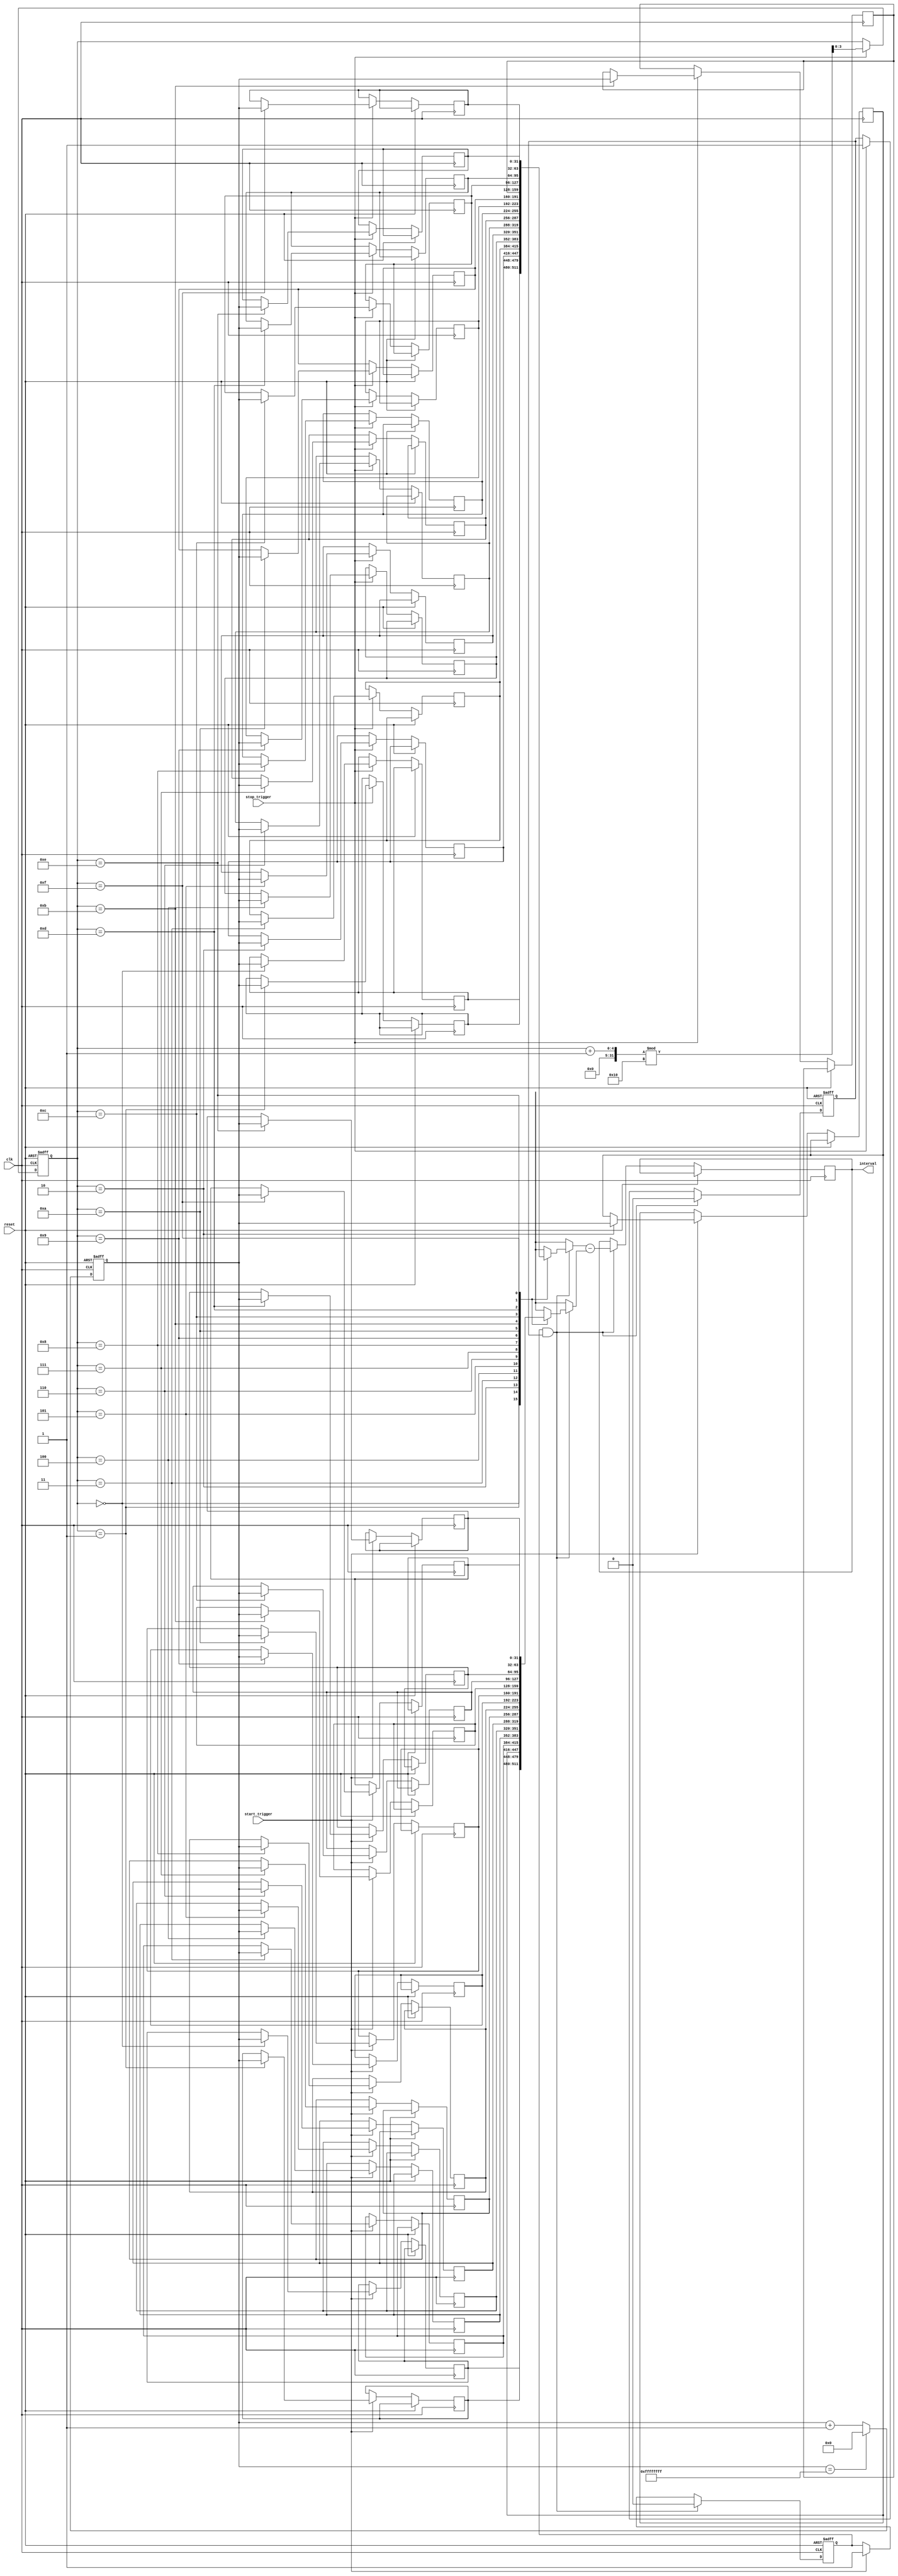
module TDC (
    input wire clk,             // High-speed clock (100 MHz)
    input wire reset,           // Reset signal
    input wire start_trigger,   // START event trigger
    input wire stop_trigger,    // STOP event trigger
    output wire [31:0] interval // Output for the time interval
);

// Parameter Definitions
parameter MEM_SIZE = 16;      // Size of the memory for timestamps
parameter COUNTER_MAX = 32'hFFFFFFFF; // Maximum value for the counter

// Internal Signals
reg [31:0] timestamp_start [0:MEM_SIZE-1]; // Memory to store START timestamps
reg [31:0] timestamp_stop [0:MEM_SIZE-1];  // Memory to store STOP timestamps
reg [31:0] counter;                        // Counter for timestamp generation
reg [3:0] write_ptr;                       // Write pointer for memory
reg [3:0] read_ptr;                        // Read pointer for memory
reg [31:0] computed_interval;              // Stores the computed time interval
reg start_flag, stop_flag;

// Counter Logic
always @(posedge clk or posedge reset) begin
    if (reset) begin
        counter <= 32'b0;
    end else begin
        counter <= (counter == COUNTER_MAX) ? 32'b0 : counter + 1;
    end
end

// Event Capture Logic
always @(posedge clk or posedge reset) begin
    if (reset) begin
        write_ptr <= 4'b0; // Reset write pointer
        start_flag <= 1'b0;
        stop_flag <= 1'b0;
    end else begin
        // Capture START timestamp
        if (start_trigger) begin
            timestamp_start[write_ptr] <= counter; // Store START timestamp
            start_flag <= 1'b1;
        end
        
        // Capture STOP timestamp
        if (stop_trigger) begin
            timestamp_stop[write_ptr] <= counter; // Store STOP timestamp
            stop_flag <= 1'b1;
            write_ptr <= (write_ptr + 1) % MEM_SIZE; // Increment write pointer
        end
        
        // Compute the time interval if both events have occurred
        if (start_flag && stop_flag) begin
            computed_interval <= timestamp_stop[write_ptr] - timestamp_start[write_ptr];
            start_flag <= 1'b0; // Reset flags after computation
            stop_flag <= 1'b0;
        end
    end
end

// Output the computed interval
assign interval = computed_interval;

endmodule